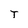
Character: T